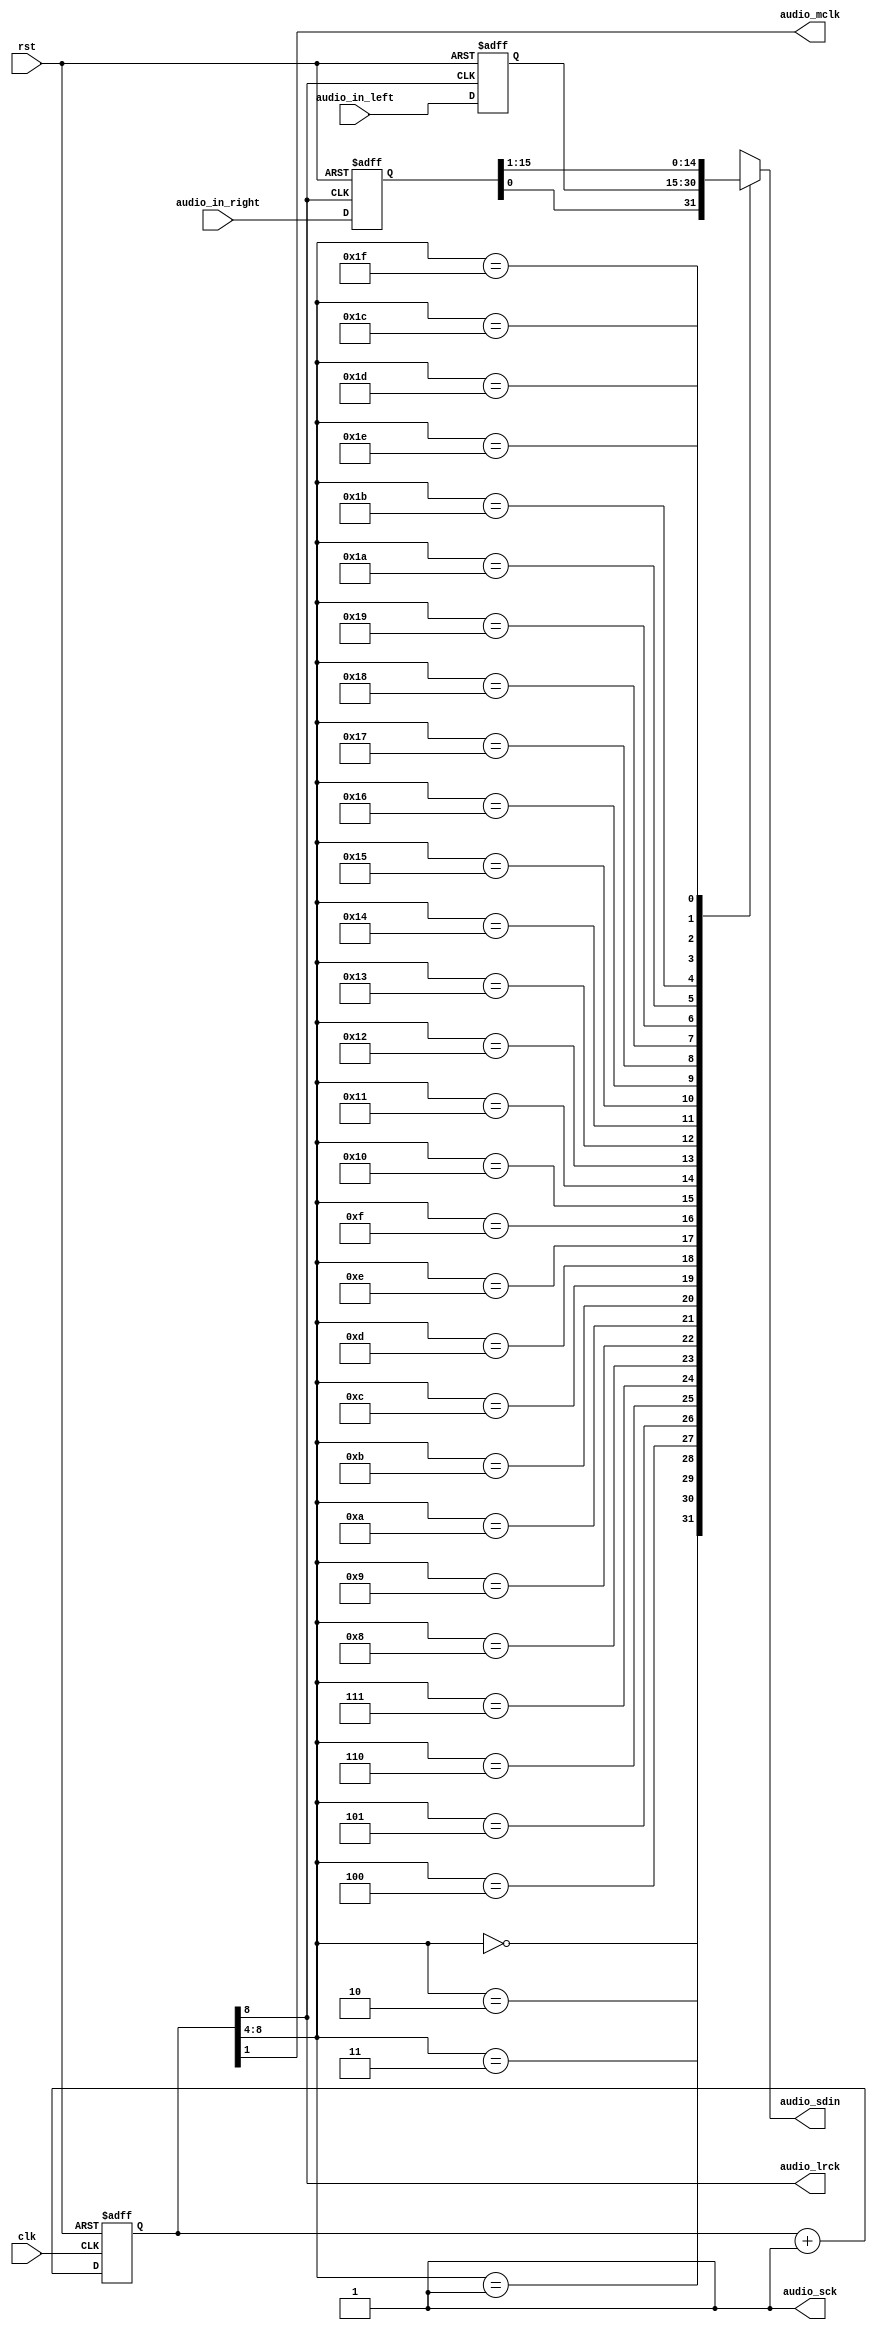
`timescale 1ns / 1ps
//////////////////////////////////////////////////////////////////////////////////
// Company: 
// Engineer: 
// 
// Design Name: 
// Module Name:    speaker_control 
// Project Name: 
// Target Devices: 
// Tool versions: 
// Description: 
//
// Dependencies: 
//
// Revision: 
// Revision 0.01 - File Created
// Additional Comments: 
//
//////////////////////////////////////////////////////////////////////////////////
module speaker_control(
  clk,  // clock from the crystal
  rst,  // active high reset
  audio_in_left, // left channel audio data input
  audio_in_right, // right channel audio data input
  audio_mclk, // master clock
  audio_lrck, // left-right clock, Word Select clock, or sample rate clock
  audio_sck, // serial clock
  audio_sdin // serial audio data input
);

// I/O declaration
input clk;  // clock from the crystal
input rst;  // active high reset
input [15:0] audio_in_left; // left channel audio data input
input [15:0] audio_in_right; // right channel audio data input
output audio_mclk; // master clock
output audio_lrck; // left-right clock
output audio_sck; // serial clock
output audio_sdin; // serial audio data input
reg audio_sdin;

// Declare internal signal nodes 
wire [8:0] clk_cnt_next;
reg [8:0] clk_cnt;
reg [15:0] audio_left, audio_right;

// Counter for the clock divider
assign clk_cnt_next = clk_cnt + 1'b1;

always @(posedge clk or posedge rst)
  if (rst == 1'b1)
    clk_cnt <= 9'd0;
  else
    clk_cnt <= clk_cnt_next;

// Assign divided clock output
assign audio_mclk = clk_cnt[1];
assign audio_lrck = clk_cnt[8];
assign audio_sck = 1'b1; // use internal serial clock mode

// audio input data buffer
always @(posedge clk_cnt[8] or posedge rst)
  if (rst == 1'b1)
  begin
    audio_left <= 16'd0;
    audio_right <= 16'd0;
  end
  else
  begin
    audio_left <= audio_in_left;
    audio_right <= audio_in_right;
  end

always @*
  case (clk_cnt[8:4])
    5'b00000: audio_sdin = audio_right[0];
    5'b00001: audio_sdin = audio_left[15];
    5'b00010: audio_sdin = audio_left[14];
    5'b00011: audio_sdin = audio_left[13];
    5'b00100: audio_sdin = audio_left[12];
    5'b00101: audio_sdin = audio_left[11];
    5'b00110: audio_sdin = audio_left[10];
    5'b00111: audio_sdin = audio_left[9];
    5'b01000: audio_sdin = audio_left[8];
    5'b01001: audio_sdin = audio_left[7];
    5'b01010: audio_sdin = audio_left[6];
    5'b01011: audio_sdin = audio_left[5];
    5'b01100: audio_sdin = audio_left[4];
    5'b01101: audio_sdin = audio_left[3];
    5'b01110: audio_sdin = audio_left[2];
    5'b01111: audio_sdin = audio_left[1];
    5'b10000: audio_sdin = audio_left[0];
    5'b10001: audio_sdin = audio_right[15];
    5'b10010: audio_sdin = audio_right[14];
    5'b10011: audio_sdin = audio_right[13];
    5'b10100: audio_sdin = audio_right[12];
    5'b10101: audio_sdin = audio_right[11];
    5'b10110: audio_sdin = audio_right[10];
    5'b10111: audio_sdin = audio_right[9];
    5'b11000: audio_sdin = audio_right[8];
    5'b11001: audio_sdin = audio_right[7];
    5'b11010: audio_sdin = audio_right[6];
    5'b11011: audio_sdin = audio_right[5];
    5'b11100: audio_sdin = audio_right[4];
    5'b11101: audio_sdin = audio_right[3];
    5'b11110: audio_sdin = audio_right[2];
    5'b11111: audio_sdin = audio_right[1];
    default: audio_sdin = 1'b0;
  endcase

endmodule